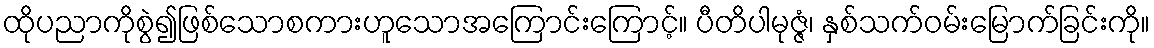
ထိုပညာကိုစွဲ၍ဖြစ်သောစကားဟူသောအကြောင်းကြောင့်။ ပီတိပါမုဇ္ဇံ၊ နှစ်သက်ဝမ်းမြောက်ခြင်းကို။